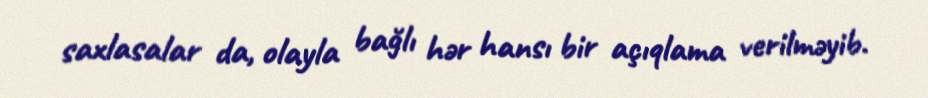
saxlasalar da, olayla bağlı hər hansı bir açıqlama verilməyib.